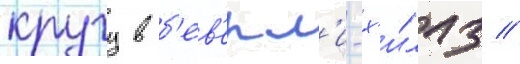
кругу в б'ев'ерл'и-х'и́ллз //